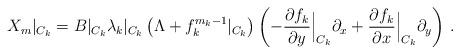
LaTeX: \begin{align*}X_m|_{C_k}=B|_{C_k}\lambda_k|_{C_k}\left(\Lambda+f_k^{m_k-1}|_{C_k}\right)\left(-\frac{\partial{f_k}}{\partial y}\Big|_{C_k}\partial_x+\frac{\partial f_k}{\partial x}\Big|_{C_k}\partial_y\right)\,.\end{align*}